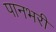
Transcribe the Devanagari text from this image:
पानभरी